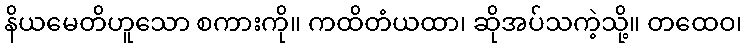
နိယမေတိဟူသော စကားကို။ ကထိတံယထာ၊ ဆိုအပ်သကဲ့သို့။ တထေဝ၊